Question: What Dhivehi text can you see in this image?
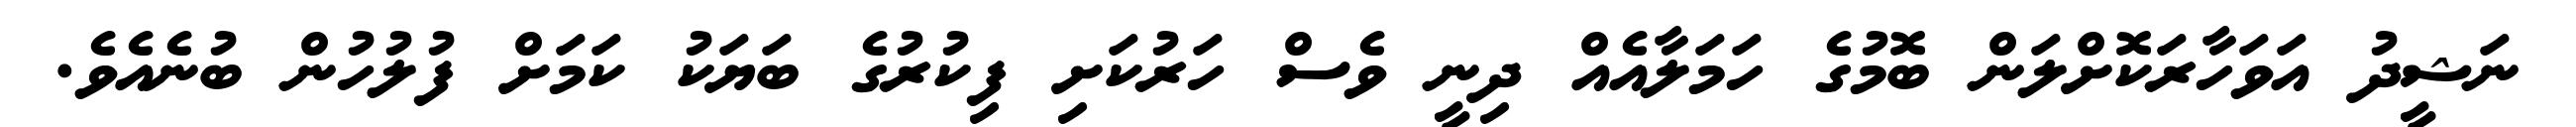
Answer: ނަޝީދު އަވަހާރަކޮށްލަން ބޮމުގެ ހަމަލާއެއް ދިނީ ވެސް ހަރުކަށި ފިކުރުގެ ބަޔަކު ކަމަށް ފުލުހުން ބުނެއެވެ.